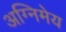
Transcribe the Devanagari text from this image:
अग्‍निमेय